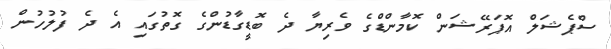
ސްޕެޝަލް އޮޕަރޭޝަން ކޮމާންޑްގެ ވެރިޔާ ދެ ބޮޑީގާޑުންގެ ގޮތުގައި އެ ދެ ފުލުހުން